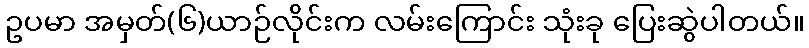
ဥပမာ အမှတ်(၆)ယာဉ်လိုင်းက လမ်းကြောင်း သုံးခု ပြေးဆွဲပါတယ်။